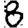
Digit: 8